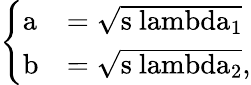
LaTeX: \left\{ \begin{array}{ll}{\mathrm{a}}&{=\mathrm{\sqrt{s\ lambda_{1}}}}\\ {\mathrm{b}}&{=\mathrm{\sqrt{s\ lambda_{2}}},}\end{array}\right.